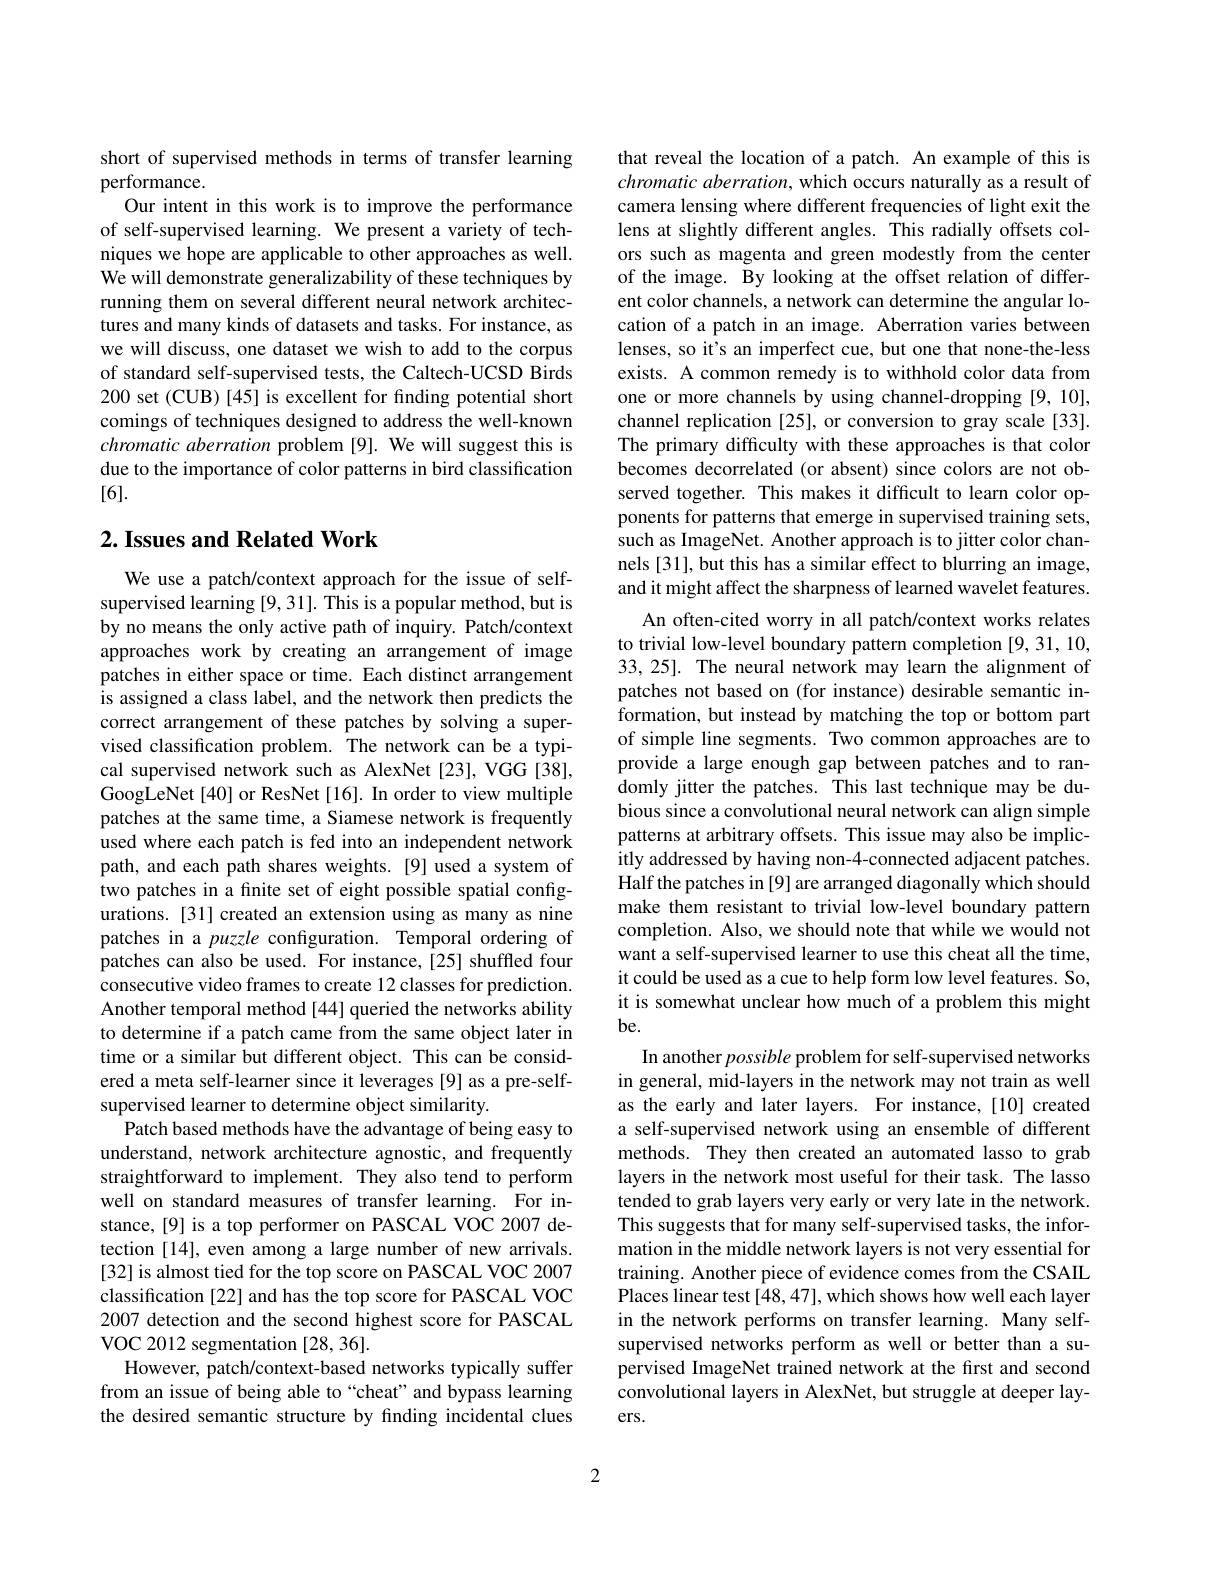
short of supervised methods in terms of transfer learning
performance.
Our intent in this work is to improve the performance of self-supervised learning. We present a variety of techniques we hope are applicable to other approaches as well. We will demonstrate generalizability of these techniques by running them on several different neural network architectures and many kinds of datasets and tasks. For instance, as we will discuss, one dataset we wish to add to the corpus of standard self-supervised tests, the Caltech-UCSD Birds 200 set (CUB) [45] is excellent for finding potential short comings of techniques designed to address the well-known chromatic aberration problem [9]. We will suggest this is due to the importance of color patterns in bird classification [6].

## $2. \textbf{ Issues and Related Work}$

We use a patch/context approach for the issue of selfsupervised learning [9,31]. This is a popular method, but is by no means the only active path of inquiry. Patch/context approaches work by creating an arrangement of image patches in either space or time. Each distinct arrangement is assigned a class label, and the network then predicts the correct arrangement of these patches by solving a supervised classification problem. The network can be a typical supervised network such as AlexNet [23], VGG [38], GoogLeNet[40] or ResNet[16]. In order to view multiple patches at the same time, a Siamese network is frequently used where each patch is fed into an independent network path, and each path shares weights. [9] used a system of two patches in a finite set of eight possible spatial configurations.[31] created an extension using as many as nine patches in a puzzle configuration. Temporal ordering of patches can also be used. For instance,[25] shuffled four consecutive video frames to create 12 classes for prediction. Another temporal method [44] queried the networks ability to determine if a patch came from the same object later in time or a similar but different object. This can be considered a meta self-learner since it leverages [9] as a pre-selfsupervised learner to determine object similarity.
Patch based methods have the advantage of being easy to understand, network architecture agnostic, and frequently straightforward to implement. They also tend to perform well on standard measures of transfer learning. For instance,[9] is a top performer on PASCAL VOC 2007 detection [14], even among a large number of new arrivals. [32] is almost tied for the top score on PASCAL VOC 2007 classification [22] and has the top score for PASCAL VOC 2007 detection and the second highest score for PASCAL VOC 2012 segmentation [28,36].
However, patch/context-based networks typically suffer from an issue of being able to“cheat”and bypass learning the desired semantic structure by finding incidental clues

that reveal the location of a patch. An example of this is chromatic aberration, which occurs naturally as a result of camera lensing where different frequencies of light exit the lens at slightly different angles. This radially offsets colors such as magenta and green modestly from the center of the image. By looking at the offset relation of different color channels, a network can determine the angular location of a patch in an image. Aberration varies between lenses, so it's an imperfect cue, but one that none-the-less exists. A common remedy is to withhold color data from one or more channels by using channel-dropping [9,10], channel replication [25], or conversion to gray scale [33]. The primary difficulty with these approaches is that color becomes decorrelated (or absent) since colors are not observed together. This makes it difficult to learn color opponents for patterns that emerge in supervised training sets, such as ImageNet. Another approach is to jitter color channels [31], but this has a similar effect to blurring an image, and it might affect the sharpness of learned wavelet features.
An often-cited worry in all patch/context works relates to trivial low-level boundary pattern completion [9,31,10, 33,25]. The neural network may learn the alignment of patches not based on (for instance) desirable semantic information, but instead by matching the top or bottom part of simple line segments. Two common approaches are to provide a large enough gap between patches and to randomly jitter the patches. This last technique may be dubious since a convolutional neural network can align simple patterns at arbitrary offsets. This issue may also be implicitly addressed by having non-4-connected adjacent patches. Half the patches in [9] are arranged diagonally which should make them resistant to trivial low-level boundary pattern completion. Also, we should note that while we would not want a self-supervised learner to use this cheat all the time, it could be used as a cue to help form low level features. So, it is somewhat unclear how much of a problem this might be.
In another possible problem for self-supervised networks in general, mid-layers in the network may not train as well as the early and later layers. For instance,[10] created a self-supervised network using an ensemble of different methods. They then created an automated lasso to grab layers in the network most useful for their task. The lasso tended to grab layers very early or very late in the network. This suggests that for many self-supervised tasks, the information in the middle network layers is not very essential for training. Another piece of evidence comes from the CSAIL Places linear test [48,47], which shows how well each layer in the network performs on transfer learning. Many selfsupervised networks perform as well or better than a supervised ImageNet trained network at the first and second convolutional layers in AlexNet, but struggle at deeper layers.

2